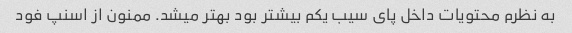
به نظرم محتویات داخل پای سیب یکم بیشتر بود بهتر میشد. ممنون از اسنپ فود